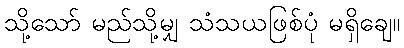
သို့သော် မည်သို့မျှ သံသယဖြစ်ပုံ မရှိချေ။